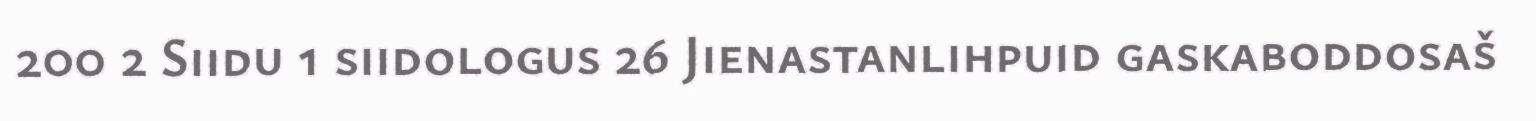
200 2 Siidu 1 siidologus 26 Jienastanlihpuid gaskaboddosaš